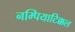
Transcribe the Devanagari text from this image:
नम्पियाटिक्कल